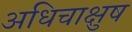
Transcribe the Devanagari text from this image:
अधिचाक्षुष